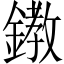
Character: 𨬊